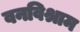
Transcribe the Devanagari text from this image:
वनविश्राम